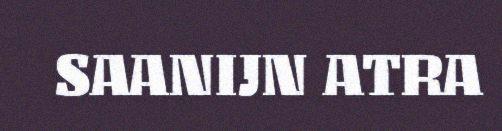
SAANIJN ATRA